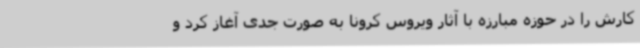
کارش را در حوزه مبارزه با آثار ویروس کرونا به صورت جدی آغاز کرد و